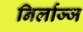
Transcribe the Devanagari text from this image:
निर्लाज्ज